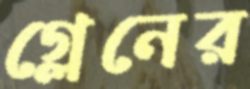
গ্লেনের